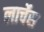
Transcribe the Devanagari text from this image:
लार्चेस